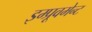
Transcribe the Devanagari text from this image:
इम्प्रूवमेन्ट